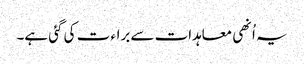
یہ اُنھی معاہدات سے براء ت کی گئی ہے۔